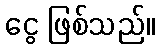
ငွေ ဖြစ်သည်။